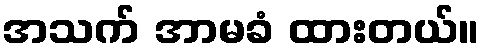
အသက် အာမခံ ထားတယ်။